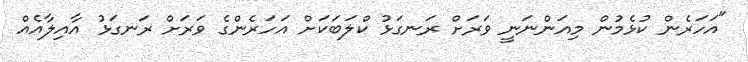
"އަހަރެން ކުޅެމުން މިއަންނަނީ ވަރަށް ރަނގަޅު ކްލަބަކަށް އަހަރެންގެ ވަރަށް ރަނގަޅު އާއިލާއެއް